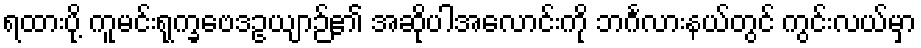
ရထားပို့ ကူမင်းရုက္ခဗေဒဥယျာဉ်၏ အဆိုပါအလောင်းကို ဘင်္ဂလားနယ်တွင် ကွင်းလယ်မှာ